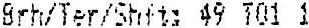
9RH/TER/SHFT: 49 T01 1